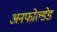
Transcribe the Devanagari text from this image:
अनफोल्डेड